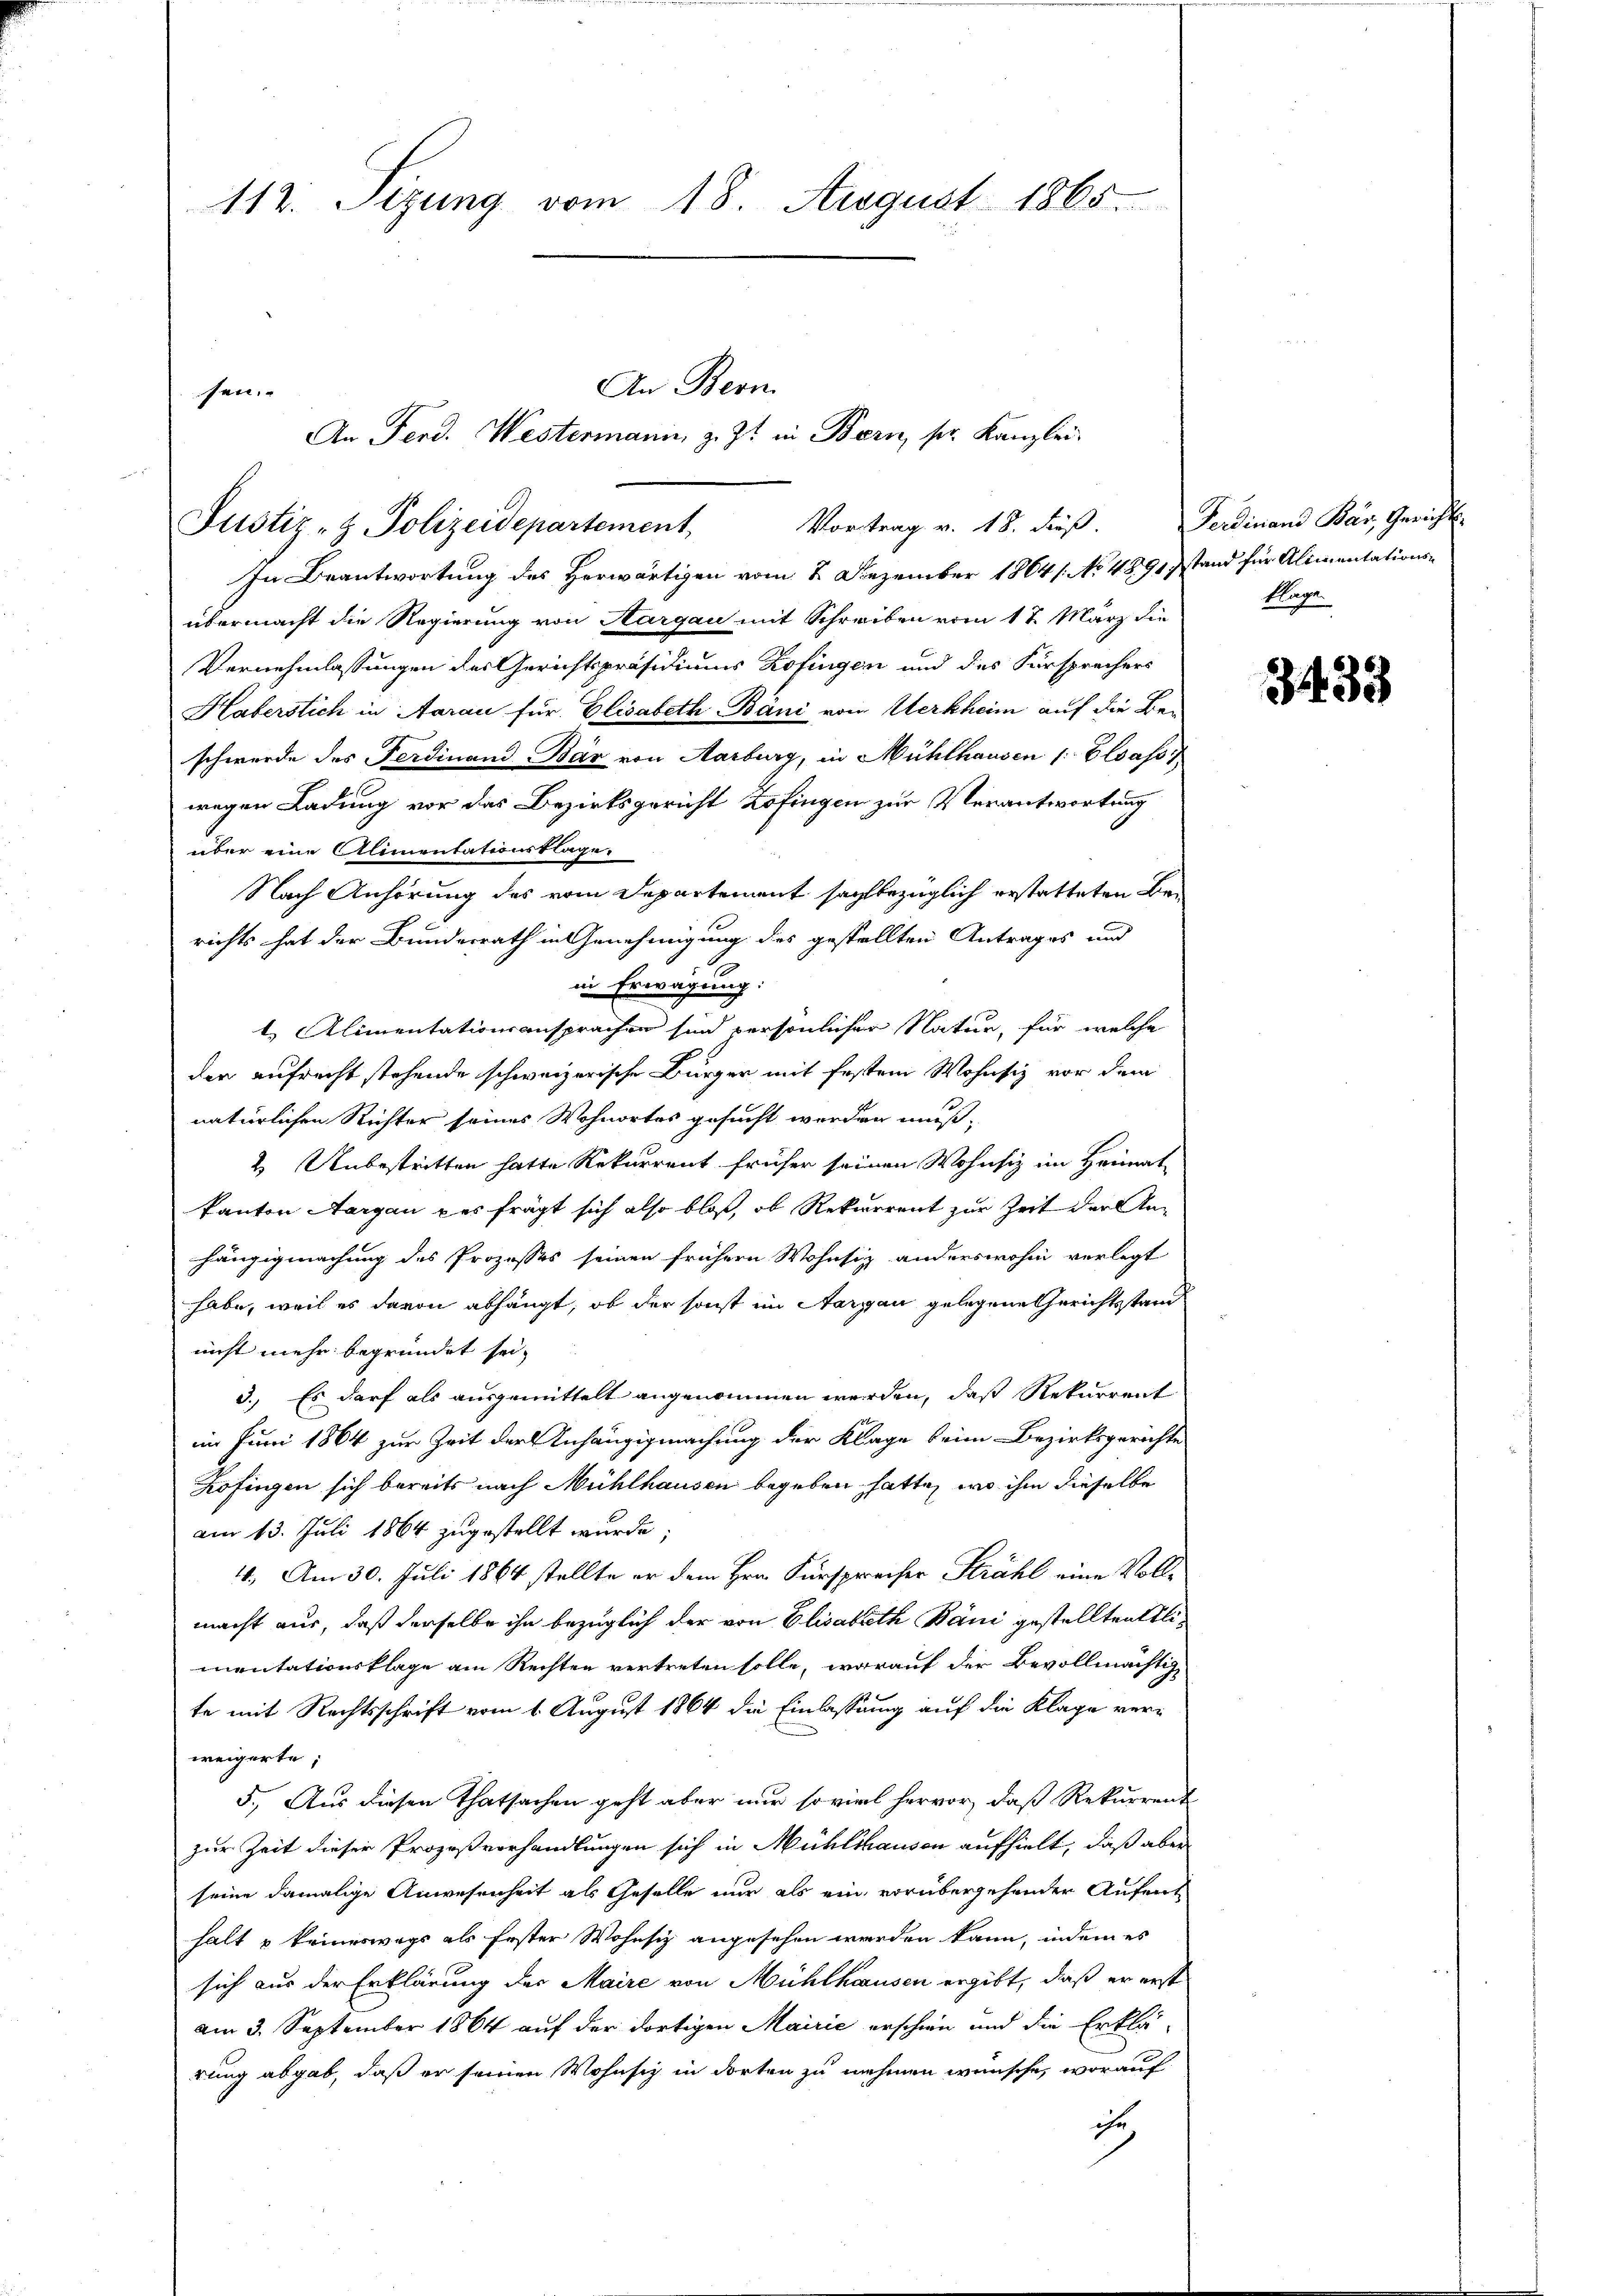
112. Sizung vom 18. August 1865

sen.
Justiz- & Polizeidepartement, Vortrag v. 18. dieβ. Ferdinand Bär, Gericht

An Bern.
An Ferd. Westermanin z. Zt. in Bern, ser Kanzlei-

In Beantwortung des Herwärtigen vom 2. Dezember 1864 /: No 4891 stand für Alimentations-
übermacht die Regierung von Aargau mit Schreiben vom 17. März die
Vernehmlassungen des Gerichtspräsidiums Zofingen und des Fürsprechers
Haberstich in Aarau für Elisabeth Báni vom Werkheim auf die Be-
schwerde des Ferdinand Bär von Aarburg, in Mühlhausen /: Elsass,
wegen Ladung vor des Bezirksgericht Zofingen zur Verantwortung
über eine Alimentationsklage.
Nach Anhörung des vom Departement sachbezüglich erstatteten Berichts hat der Bundesrath in Genehmigung des gestellten Antrages und
in Erwägung.
1. Alimentationsansprachen sind persönlicher Natur, für welche
der aufrecht stehende schweizerische Bürger mit festem Wohnsiz vor dem
natürlichen Richter seines Wohnortes gesucht werden muß,
2 Unbestritten hatte Rekurrent früher seinen Wohnsiz im Heimat
Panton Aargau des frägt sich also bloß, ob Rekurrent zur Zeit der Anhängigmachung des Prozesses seinen frühern Wohnsiz anderswohin verlegt
habe, weil es davon abhängt, ob der sonst im Aargau gelegene Gerichtsstand
nicht mehr begründet sei.
3.) Es darf als ausgemittelt angenommen werden, daß Rekurrent
im Juni 1864 zur Zeit der Anhängigmachung der Klage beim Bezirksgerichte
Zofingen sich bereits nach Mühlhausen begeben hatte, wo ihm dieselbe
am 13. Juli 1864 zugestellt wurde;
11. Am 30. Juli 1864 stellte er dem Hrn. Fürsprecher Strahl eine Vollmacht aus, daß derselbe ihn bezüglich der von Elisabeth Báni gestelltentlimentationsklage am Rechten vertreten solle, worauf der Bevollmächtige
te mit Rechtsschrift vom 1. August 1864 die Einlassung auf die Klage verweigerte;
5., Aus diesen Thatsachen geht aber nur soviel hervor, daß Rekurrent
zur Zeit dieser Prozeßverhandlungen sich in Mühlshausen aufhielt, daß aber
seine damalige Anwesenheit als Geselle nur als ein vorübergehender Aufent
halt & keineswegs als fester Wohnsiz angesehen werden kann, indem es
sich aus der Erklärung der Maire von Mühlhausen ergibt, daß er erst
am 3. September 1864 auf der dortigen Mairić erschien und die Erklä-
rung abgab, daß er seinen Wohnsitz in dorten zu nehmen wünsche, worauf
ihr

klage.

3433